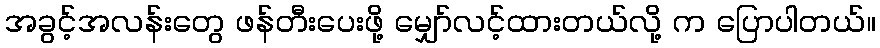
အခွင့်အလန်းတွေ ဖန်တီးပေးဖို့ မျှော်လင့်ထားတယ်လို့ က ပြောပါတယ်။